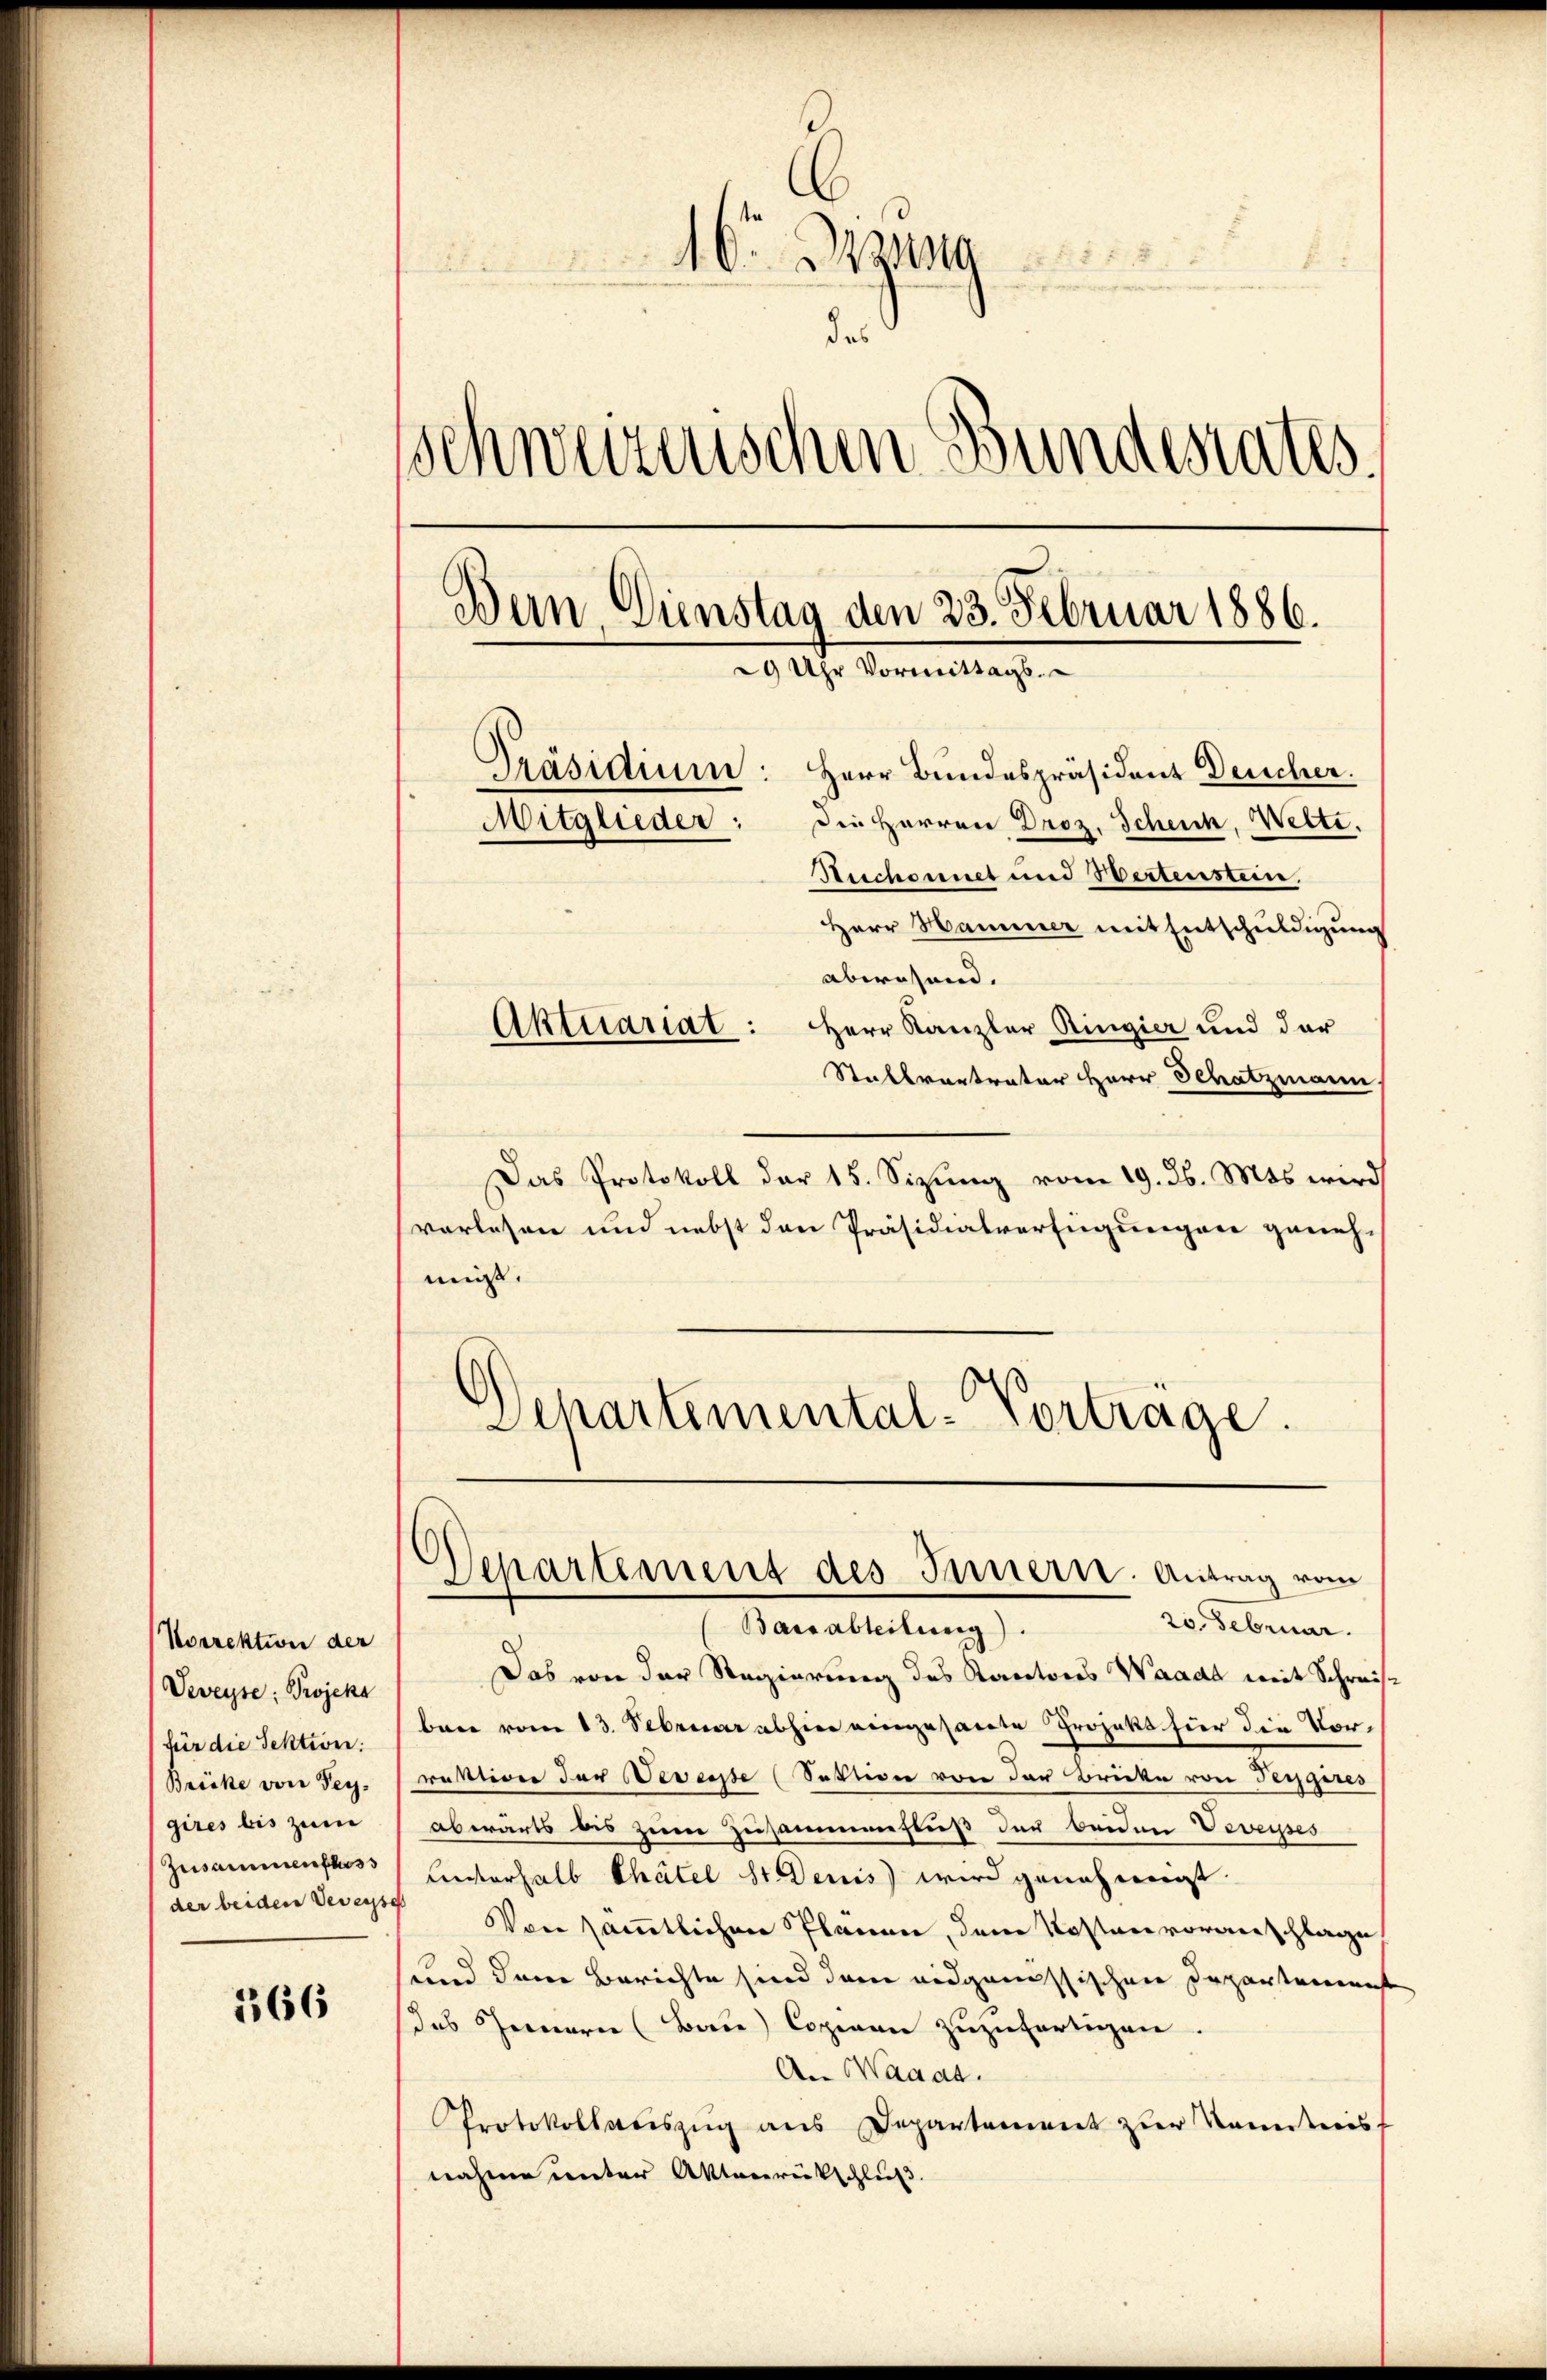
Norrektion der
Veveyse: Projekt
für die Sektion.
Brücke von Seygires bis zum
Zusammenfluss
der beiden Veveys

366

16. Bra
F
des
schweizerischen Bundesrates
Bern Dinstag den 23. Februar 1886.
9 Uhr Vormittags.
Präsidium: Herr Bundespräsident Deucher.
Die Herren Droz. Scheick, Wette.
Mitglieder:
Ruchonet und Wertenstein.
Herr Hammer mit Entschuldigung
abwesend.
Aktuariat: Herr Kanzler Ringier und der

Stallvertrater Herr Schatzmann,
Das Protokoll der 15. Sizŭng vom 19. d. Mts. wird
vorlesen und nebst den Präsidialverfügungen genehmis.
Schartemental-Vorträge.

Departement des Innern. Antrag vom

20. Februar.
Barsabteilung).
Das von der Regierung des Kantons Waadt mit Schreisbare vom 13. Februar abhier eingesandte Projekt hier die Vorrektion der Beweisse (Sektion von der Brücke von Teigeres
abwärts bis zum Zusammenfluß der beiden Veveysses
unterhalb Chätel St. Denis) wird genehmigt.
7 Von sämmtlichen Planen, dem Kosten voranschlage,
sund den Berichte sind dann eidgenössischen Departement
das Fernern (Bau) Copiren zuzufertigen.
An Waadt.
Protokollauszug aus Departement zur Kenntnis
nahme unter Aktenrückschluß.